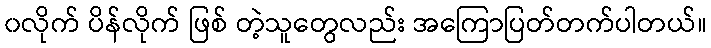
၀လိုက် ပိန်လိုက် ဖြစ် တဲ့သူတွေလည်း အကြောပြတ်တက်ပါတယ်။